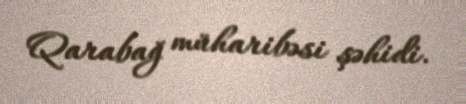
Qarabağ müharibəsi şəhidi.